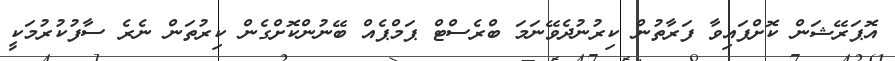
އޮޕަރޭޝަން ކޮށްފައިވާ ފަރާތުން ކިރުނުދެވޭނަމަ ބްރެސްޓް ޕަމްޕެއް ބޭނުންކޮށްގެން ކިރުތަން ނެރެ ސާފުކުރުމަކީ